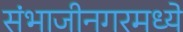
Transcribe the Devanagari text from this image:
संभाजीनगरमध्ये